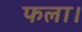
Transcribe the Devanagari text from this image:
फला।